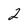
Character: 2